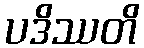
ပဒိဿတိ